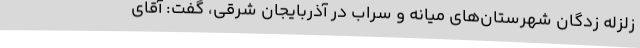
زلزله زدگان شهرستان‌های میانه و سراب در آذربایجان شرقی، گفت: آقای